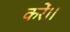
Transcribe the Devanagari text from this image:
करें।।